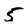
Character: 5